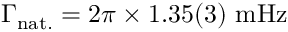
\Gamma _ { \mathrm { n a t . } } = 2 \pi \times 1 . 3 5 ( 3 ) ~ \mathrm { m H z }